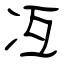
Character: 冱